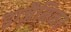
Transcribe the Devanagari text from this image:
इग्ज़ैमिनर